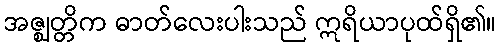
အဇ္ဈတ္တိက ဓာတ်လေးပါးသည် ဣရိယာပုထ်ရှိ၏။